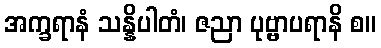
အက္ခရာနံ သန္နိပါတံ၊ ဇညာ ပုဗ္ဗာပရာနိ စ။